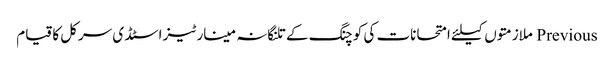
Previous ملازمتوں کیلئے امتحانات کی کوچنگ کے تلنگانہ مینارٹیز اسٹڈی سرکل کا قیام